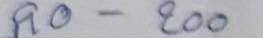
90 - 200